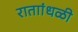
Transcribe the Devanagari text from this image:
राताांधळी